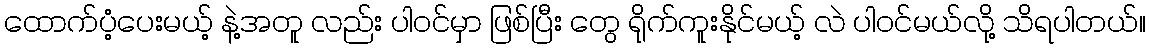
ထောက်ပံ့ပေးမယ့် နဲ့အတူ လည်း ပါဝင်မှာ ဖြစ်ပြီး တွေ ရိုက်ကူးနိုင်မယ့် လဲ ပါဝင်မယ်လို့ သိရပါတယ်။